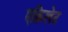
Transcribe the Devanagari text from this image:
एक्रिलेट